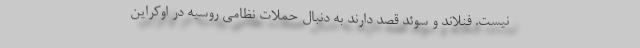
نیست. فنلاند و سوئد قصد دارند به دنبال حملات نظامی روسیه در اوکراین